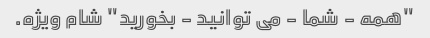
"همه - شما - می توانید - بخورید" شام ویژه.